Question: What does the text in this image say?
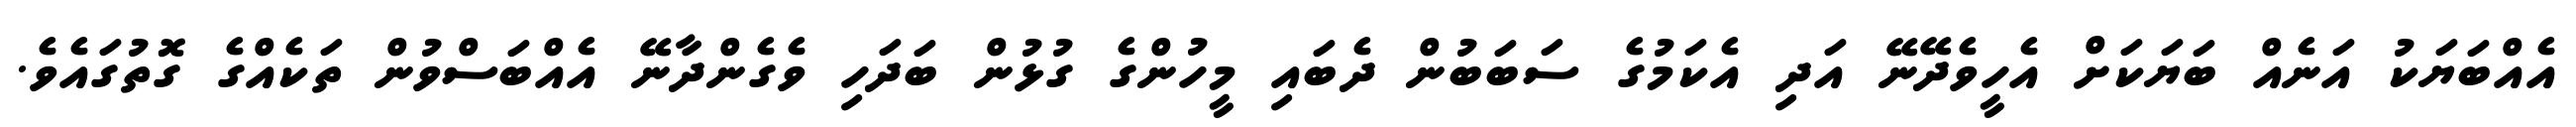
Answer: އެއްބަޔަކު އަނެއް ބަޔަކަށް އެހީވެދޭނޭ އަދި އެކަމުގެ ސަބަބުން ދެބައި މީހުންގެ ގުޅުން ބަދަހި ވެގެންދާނޭ އެއްބަސްވުން ތަކެއްގެ ގޮތުގައެވެ.